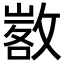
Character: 𢾷